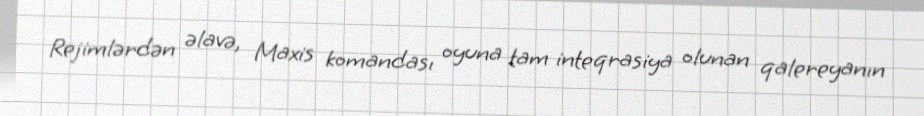
Rejimlərdən əlavə, Maxis komandası oyuna tam inteqrasiya olunan qalereyanın